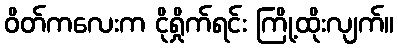
ဝိတ်ကလေးက ငိုရှိုက်ရင်း ကြို့ထိုးလျက်။